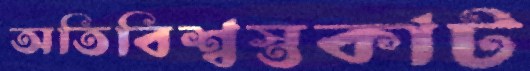
অতিবিশ্বস্তকাট